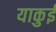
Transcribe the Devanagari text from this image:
याकुई